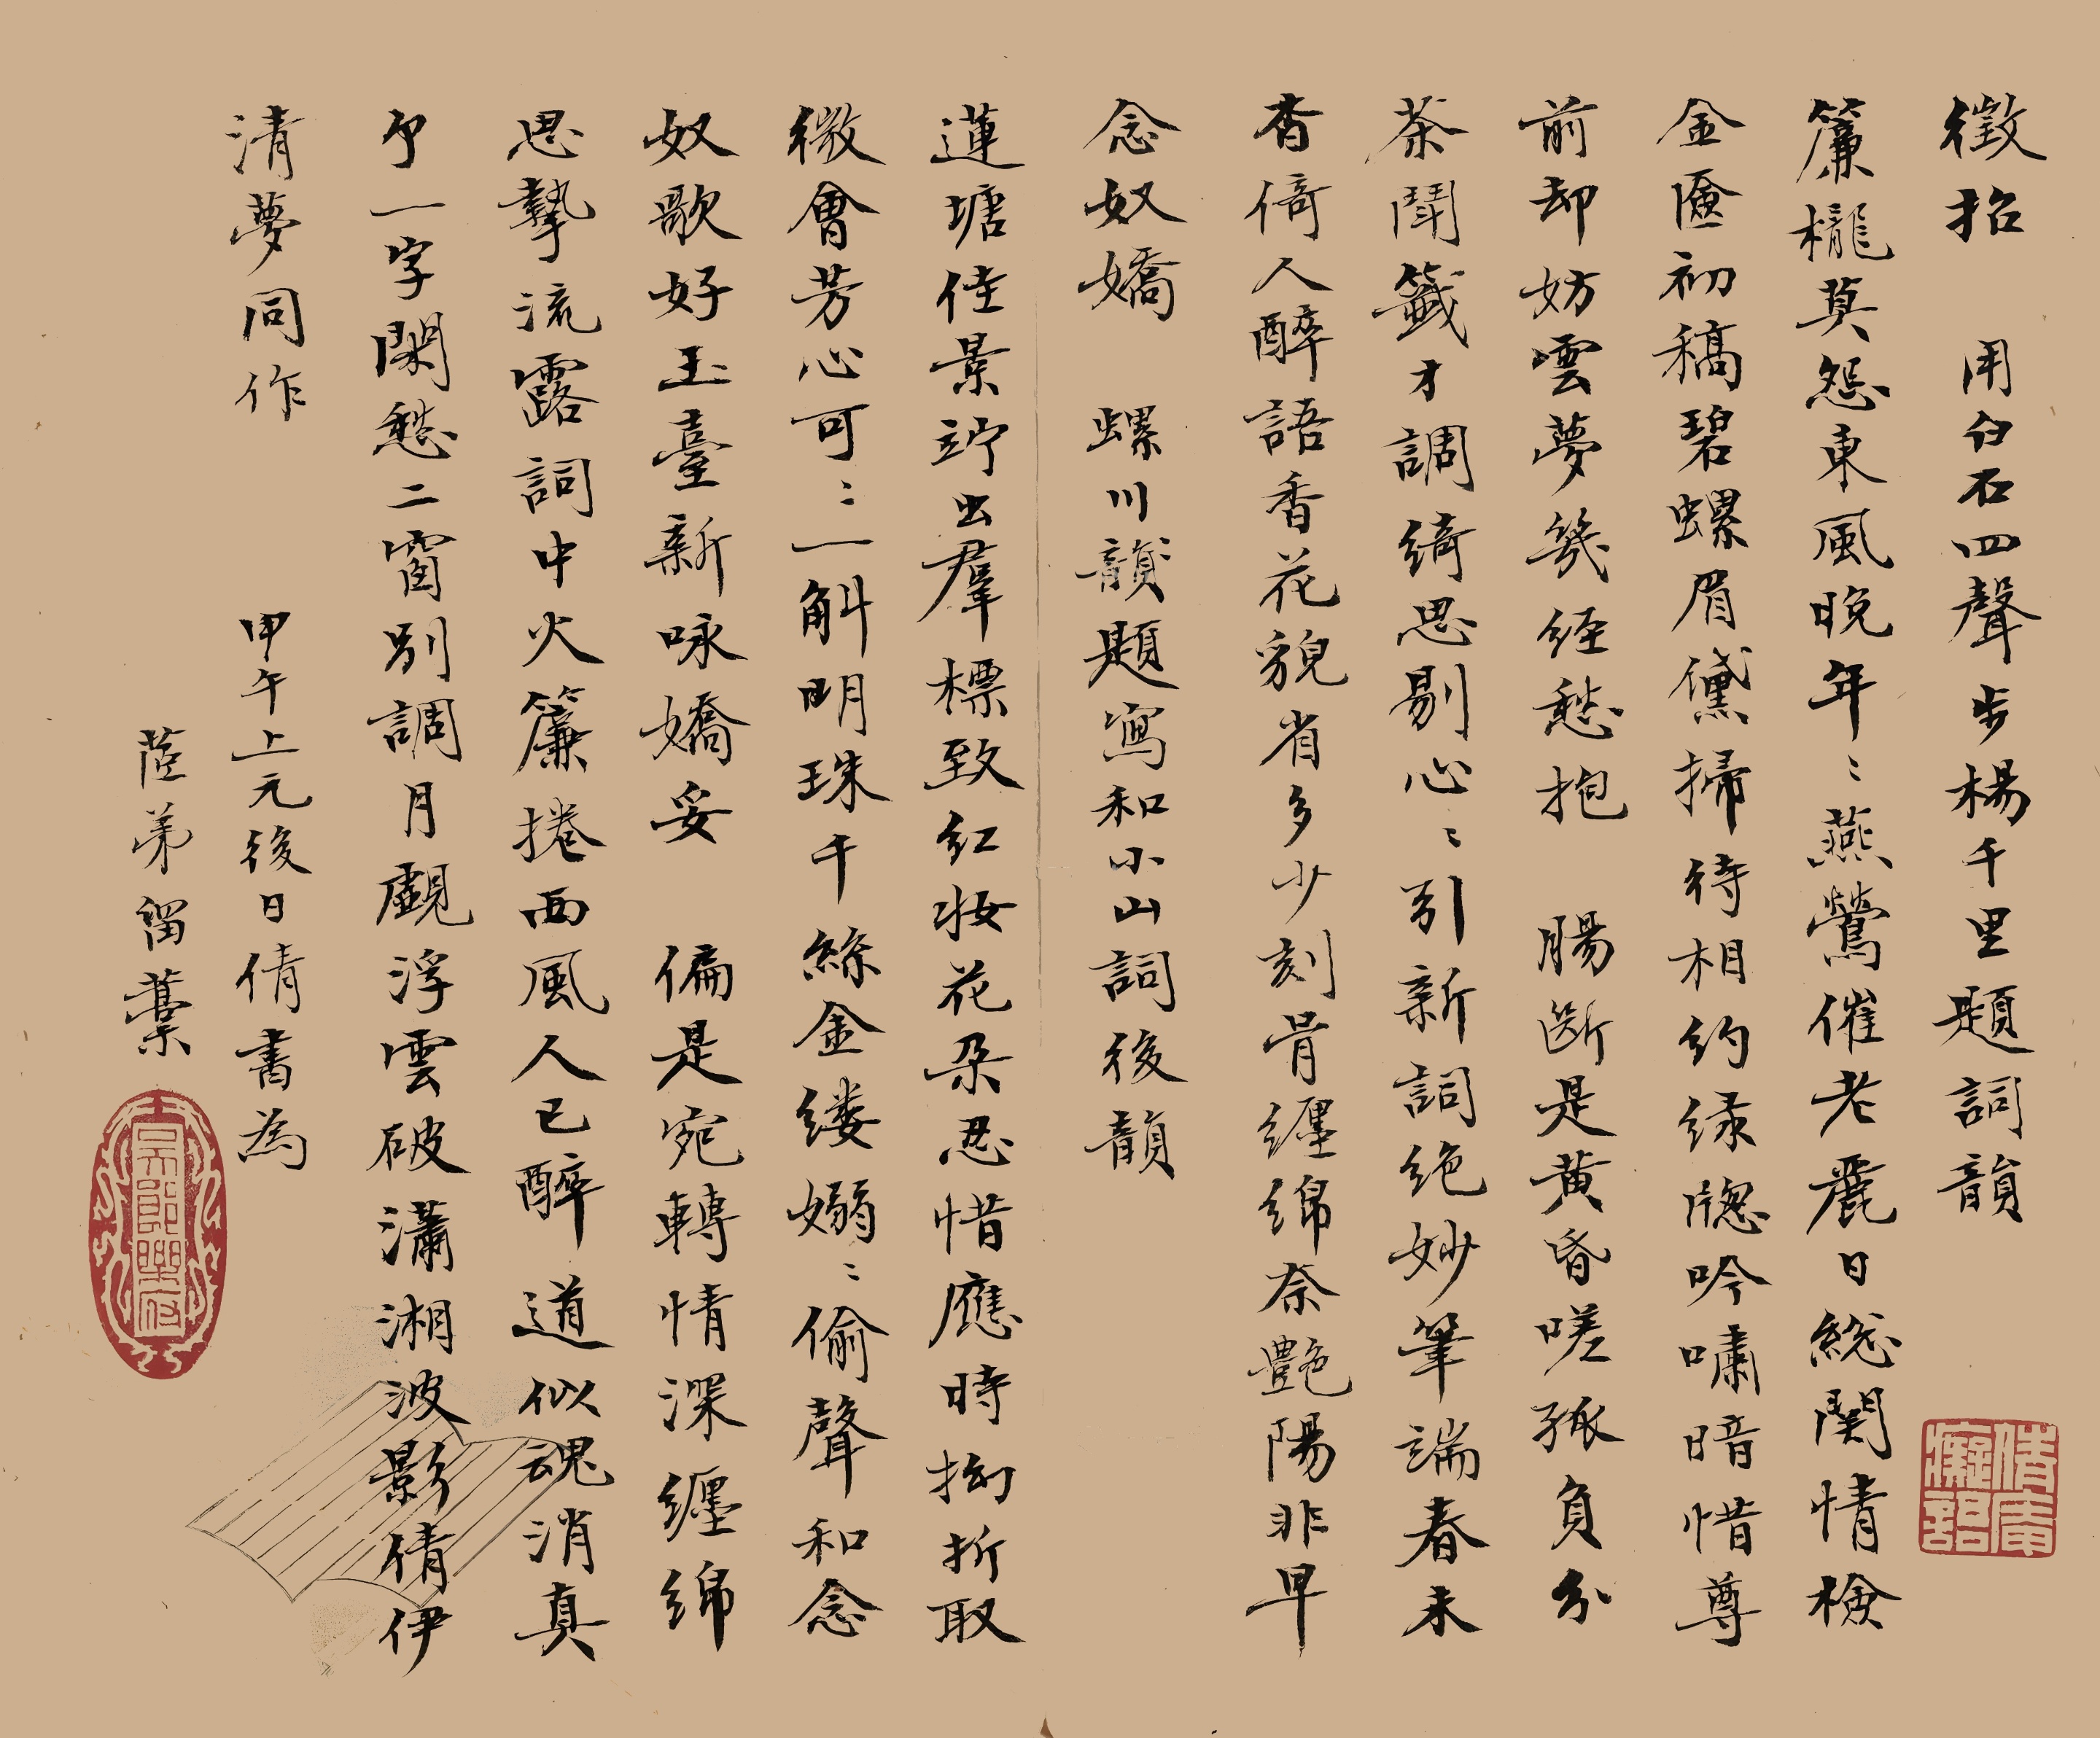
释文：征招，用白石四声步杨千里题词韵。帘栊莫怨东风晚，年年燕莺催老。丽日总关情，检金奁初稿。碧螺眉黛扫。待相约、绿窗吟啸。暗惜尊前，却妨云梦，几经愁抱。肠断是黄昏，嗟孤负、分茶斗签才调。绮思剔心心，引新词绝妙。笔端春未杳。倚人醉语香花貌。省多少、刻骨缠绵，奈艳阳非早。

念奴娇，螺川题写和小山词后韵。莲塘佳景，伫出群标致，红妆花朵。忍惜应时拗折取，微会芳心可可。一斛明珠，千丝金缕，袅袅偷声和。念奴歌好，玉台新咏娇妥。偏是宛转情深，缠绵思挚，流露词中火。帘卷西风人已醉，道似魂消真个。一字闲愁，二窗别调，月觑浮云破。潇湘波影，倩伊清梦同作。甲午上元后日倩书为茝弟留稿。